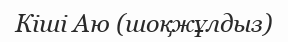
Кіші Аю (шоқжұлдыз)